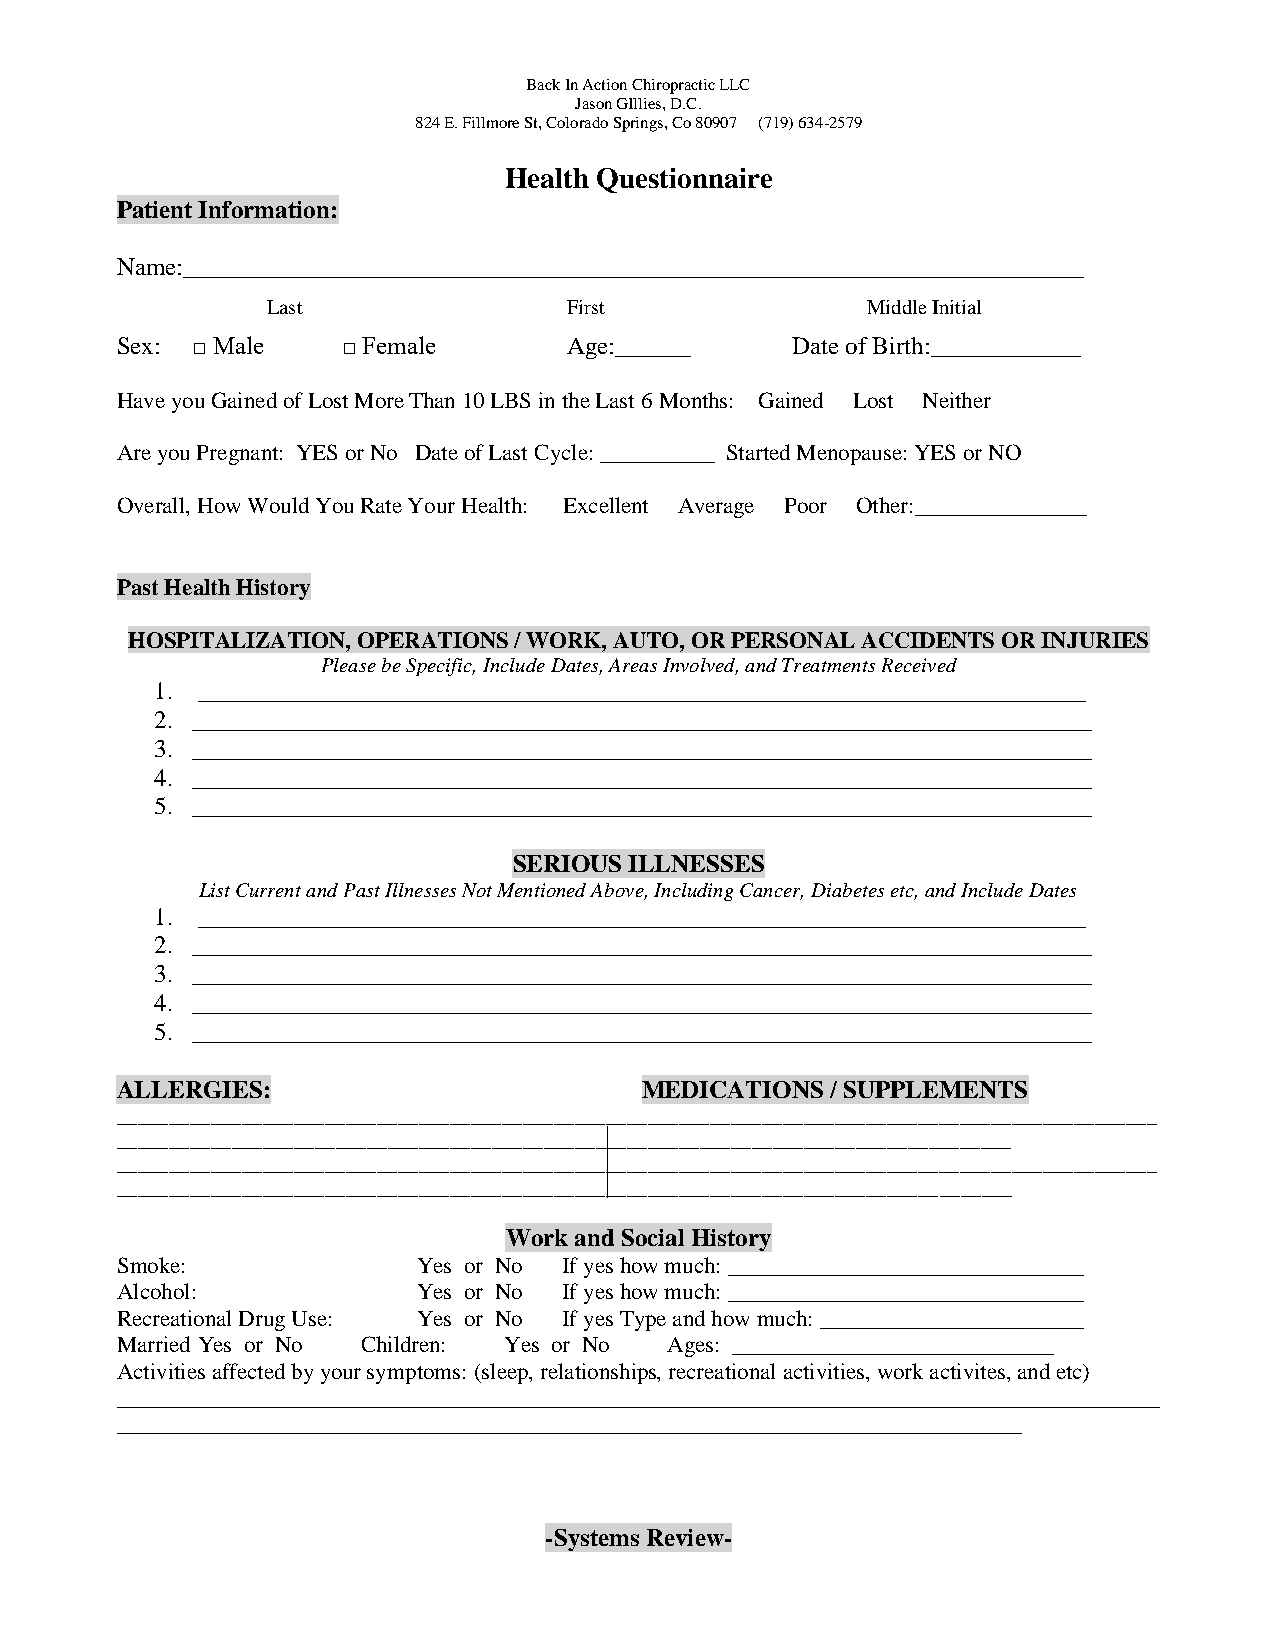
Back In Action Chiropractic LLC
 Jason GIllies, D.C.
 824 E. Fillmore St, Colorado Springs, Co 80907 (719) 634-2579
 Health Questionnaire
 Patient Information:
 Name:________________________________________________________________________
 Last                First              Middle Initial
 Sex: □ Male    □ Female       Age:______    Date of Birth:____________
 Have you Gained of Lost More Than 10 LBS in the Last 6 Months: Gained Lost Neither
 Are you Pregnant: YES or No Date of Last Cycle: __________ Started Menopause: YES or NO
 Overall, How Would You Rate Your Health: Excellent Average Poor Other:_______________
 Past Health History
 HOSPITALIZATION, OPERATIONS / WORK, AUTO, OR PERSONAL ACCIDENTS OR INJURIES
 Please be Specific, Include Dates, Areas Involved, and Treatments Received
 1. _______________________________________________________________________
 2. ________________________________________________________________________
 3. ________________________________________________________________________
 4. ________________________________________________________________________
 5. ________________________________________________________________________
 SERIOUS ILLNESSES
 List Current and Past Illnesses Not Mentioned Above, Including Cancer, Diabetes etc, and Include Dates
 1. _______________________________________________________________________
 2. ________________________________________________________________________
 3. ________________________________________________________________________
 4. ________________________________________________________________________
 5. ________________________________________________________________________
 ALLERGIES:                        MEDICATIONS  / SUPPLEMENTS
 ____________________________________________________________________________________________________
 ______________________________________________________________________________________
 ____________________________________________________________________________________________________
 ______________________________________________________________________________________
 Work and Social History
 Smoke:              Yes or No If yes how much: _______________________________
 Alcohol:            Yes or No If yes how much: _______________________________
 Recreational Drug Use: Yes or No If yes Type and how much: _______________________
 Married Yes or No Children: Yes or No Ages: ____________________________
 Activities affected by your symptoms: (sleep, relationships, recreational activities, work activites, and etc)
 ___________________________________________________________________________________________
 _______________________________________________________________________________
 -Systems Review-